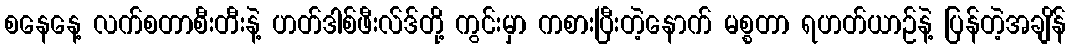
စနေနေ့ လက်စတာစီးတီးနဲ့ ဟတ်ဒါစ်ဖီးလ်ဒ်တို့ ကွင်းမှာ ကစားပြီးတဲ့နောက် မစ္စတာ ရဟတ်ယာဉ်နဲ့ ပြန်တဲ့အချိန်